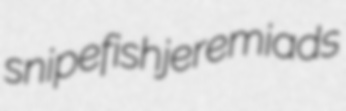
snipefish jeremiads